Annual report of the Civil Veterinary Department, Bengal, for the year 1897-98 - 1897-1898
Year: 1897
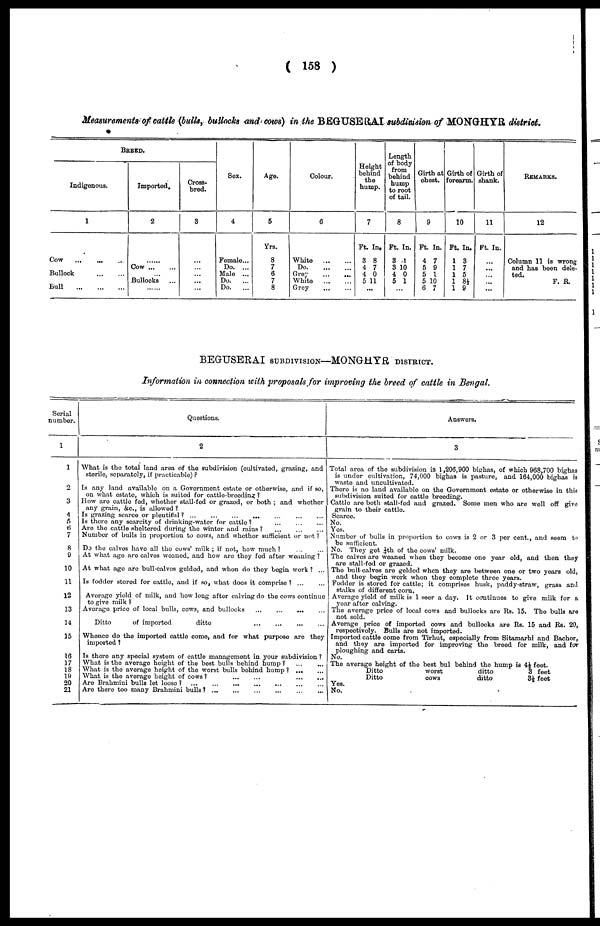
( 158 )
Measurements of cattle (bulls, bullocks and cows) in the BEGUSERAI subdivision of MONGHYR district.
BREED.
Indigenous.
1
Cow
...
... ...
Bullock
Bull
...
...
...
Imported.
2
......
Cow
... Bullocks ...
......
Cross-
bred.
3
...
...
...
...
....
Sex.
4
Female ...
Do. ...
Male ...
Do.
...
Do.
...
Age.
5
Yrs.
8
7
6
7
8
Colour.
6
White
...
...
Do.
...
...
Grey
...
...
White
...
...
Grey
...
...
Height
behind
the
hump.
7
Ft. In,
3 8
4 7
4 0
5 11
...
Length
of body
from
behind
hump
to root
of tail.
8
Ft. In.
3 1
3 10
4 0
5 1
...
Girth at
chest.
9
Ft. In.
4 7
5 9
5 1
5 10
6 7
Girth of
forearm.
10
Ft. In.
1 3
1 7
1 5
1 8½
1 9
Girth of
shank.
11
Ft. In.
...
...
....
...
...
REMARKS.
12
Column 11 is wrong
and has been dele-
ted.
F. R.
BEGUSERAI SUBDIVISION—MONGHYR DISTRICT.
Information in connection with proposals for improving the breed of cattle in Bengal.
Serial
number.
1
1
2
3
4
5
6
7
8
9
10
11
12
13
14
15
16
17
18
19
20
21
i
Questions.
2
What is the total land area of the subdivision (cultivated, grazing, and
sterile, separately, if practicable) ?
Is any land available on a Government estate or otherwise, and if so,
on what estate, which is suited for cattle-breeding ?
How are cattle fed, whether stall-fed or grazed, or both ; and whether
any grain, &c., is allowed ?
Is grazing scarce or plentiful? ...
...
...
...
Is there any scarcity of drinking-water for cattle? ... ...
Are the cattle sheltered during the winter and rains? ... ...
Number of bulls in proportion to cows, and whether sufficient or not ?
Do the calves have all the cows' milk ; if not, how much? ... ...
At what age are calves weaned, and how are they fed after weaning ?
At what age are bull-calves golded, and when do they begin work ? ...
Is fodder stored for cattle, and if so, what does it comprise ? ... ...
Average yield of milk, and how long after calving do the cows continue
to give milk ?
Average price of local bulls, cows, and bullocks ... ... ... ...
Ditto
of imported
ditto ... ... ... ...
Whenco do the imported cattle come, and for what purpose are they
imported ?
Is there any special system of cattle management in your subdivision ?
What is the average height of the best bulls behind hump? ... ...
What is the average height of the worst bulls behind hump? ... ...
What is the average height of cows?
...
... ... ... ... ...
Are Brahmini bulls lot loose ? ...
...
... ... ... ... ...
Are there too many Brahmini bulls? ... ... ... ... ... ...
Answers.
3
Total area of the subdivision is 1,206,900 bighas, of which 968,700 bighas
is under cultivation, 74,000 bighas is pasture, and 164,000 bighas is
waste and uncultivated.
There is no land available on the Government estate or otherwise in this
subdivision suited for cattle breeding.
Cattle are both stall-fed and grazed. Some men who are well off give
grain to their cattle.
Scarce.
No.
Yes.
Number of bulls in proportion to cows is 2 or 3 per cent., and seem to
bo sufficient.
No. They get ¼th of the cows' milk.
The calves are weaned when they become one year old, and then they
are stall-fed or grazed.
The bull calves are gelded when they are between one or two years old,
and they begin work when they complete three years.
Fodder is stored for cattle; it comprises husk, paddy-straw, grass and
stalks of different corn.
Average yield of milk is 1 seer a day. It continues to give milk for a
year
after calving.
The average price of local cows and bullocks are Rs. 15. The bulls are
not sold.
Average price of imported cows and bullocks are Rs. 15 and Rs. 20,
respectively. Bulls are not imported.
Imported cattle come from Tirhut, especially from Sitamarhi and Bachor,
and they are imported for improving the breed for milk, and for
ploughing and carts.
No.
The average height of the best bul behind the hump is 4½ feet.
Ditto
worst
ditto
3
feet
Ditto
cows
ditto
3½
feet
Yes.
No.